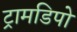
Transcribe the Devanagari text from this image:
ट्रामडिपो